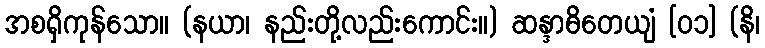
အစရှိကုန်သော။ (နယာ၊ နည်းတို့လည်းကောင်း။) ဆန္ဒာဓိတေယျံ [၀၁] (နိ၊